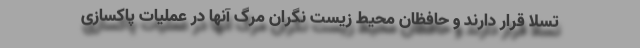
تسلا قرار دارند و حافظان محیط زیست نگران مرگ آنها در عملیات پاکسازی